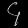
Digit: ၄